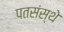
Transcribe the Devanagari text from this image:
पतसंस्थे